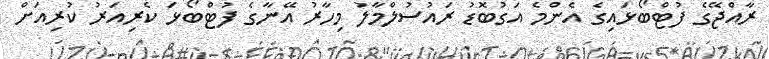
ރާއްޖޭގެ ފުޓްބޯޅައިގެ އެންމެ އަގުބޮޑު ރައުސުލްމާލު މިހާރު އޭނާގެ ފުޓްބޯޅަ ކެރިއަރު ކުރިއަށް